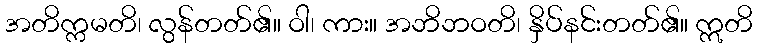
အတိက္ကမတိ၊ လွန်တတ်၏။ ဝါ၊ ကား။ အဘိဘဝတိ၊ နှိပ်နင်းတတ်၏။ ဣတိ